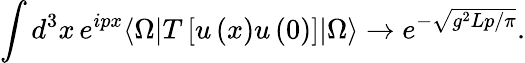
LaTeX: \int d^{3}x\, e^{ipx}\langle\Omega|T\left[u\left(x\right)u\left(0\right)\right]|\Omega\rangle\rightarrow e^{-\sqrt{g^{2}Lp/\pi}}.